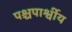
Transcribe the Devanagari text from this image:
पश्चपार्श्वीय